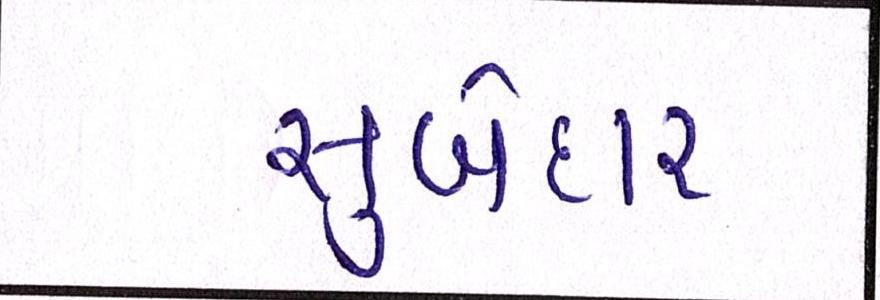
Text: સુબેદાર